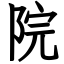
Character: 院